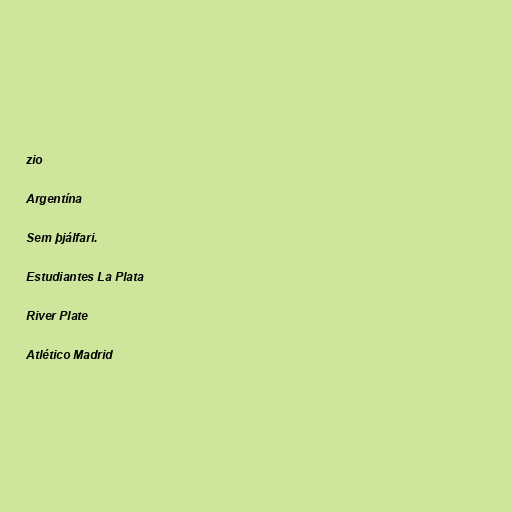
zio

Argentína

Sem þjálfari.

Estudiantes La Plata

River Plate

Atlético Madrid